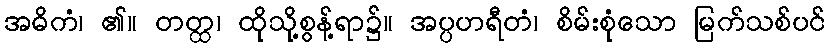
အဓိကံ၊ ၏။ တတ္ထ၊ ထိုသို့စွန့်ရာ၌။ အပ္ပဟရီတံ၊ စိမ်းစုံသော မြက်သစ်ပင်